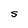
Character: 5